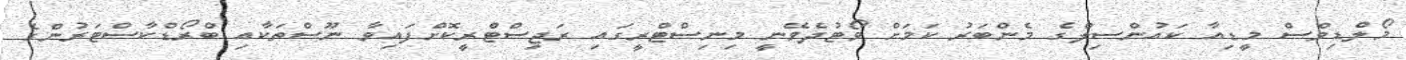
މޯލްޑިވްސް މީޑިއާ ކައުންސިލްގެ މެންބަރު ކަމަށް ވޯޓުދެވޭނީ މިނިސްޓްރީގައި ރަޖިސްޓްރީކޮށްފައިވާ ނޫސްތަކާއި ބްރޯޑްކާސްޓަރުންގެ